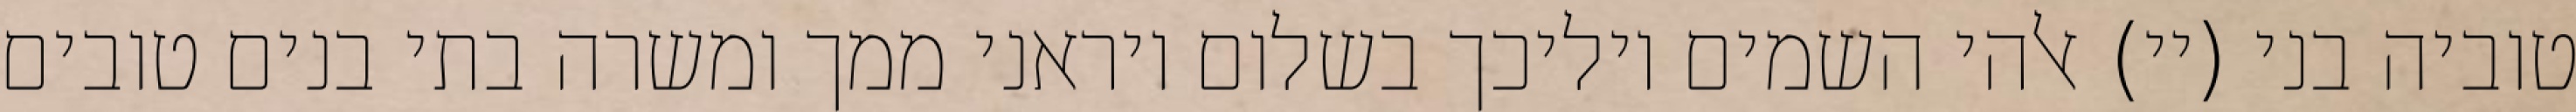
טוביה בני (יי) אלהי השמים יוליכך בשלום ויראני ממך ומשרה בתי בנים טובים